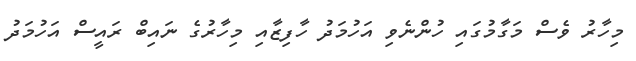
މިހާރު ވެސް މަގާމުގައި ހުންނެވި އަހުމަދު ހާފިޒާއި މިހާރުގެ ނައިބް ރައީސް އަހުމަދު